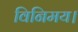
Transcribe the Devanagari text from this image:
विनिमय।